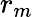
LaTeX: r_{m}